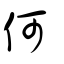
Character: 何